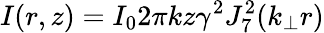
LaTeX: I(r,z)=I_{0}2\pi kz\gamma^{2}J_{7}^{2}(k_{\perp}r)